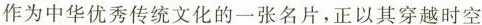
作为中华优秀传统文化的一张名片，正以其穿越时空